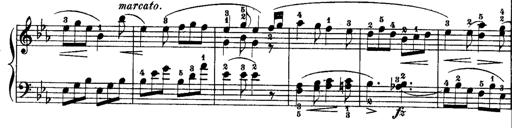
Title: Rondos and Sonatinas for Pianoforte
Composer: Daniel Steibelt